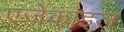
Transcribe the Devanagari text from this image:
एज़ेकाइल